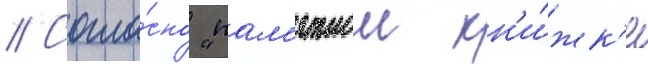
// Согла́сно "пам'ятнои кн'и́жк'е